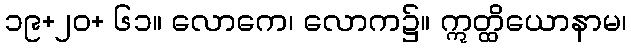
၁၉+၂၀+ ၆၁။ လောကေ၊ လောက၌။ ဣတ္ထိယောနာမ၊